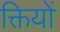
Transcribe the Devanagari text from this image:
क्तियों